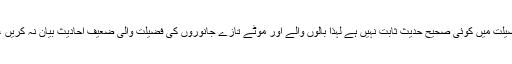
قربانی سے متعلق آخری چند باتیں : پہلی بات : قربانی کے جانور کی فضیلت میں کوئی صحیح حدیث ثابت نہیں ہے لہذا بالوں والے اور موٹے تازے جانوروں کی فضیلت والی ضعیف احادیث بیان نہ کریں ، پل صراط پہ موٹا جانور تیزی سےگزرنے والی حدیث بھی ضعیف ہے۔